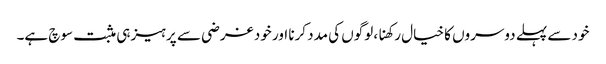
خود سے پہلے دوسروں کا خیال رکھنا، لوگوں کی مدد کرنا اور خود غرضی سے پرہیز ہی مثبت سوچ ہے۔